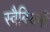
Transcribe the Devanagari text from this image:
स्वैबियनों